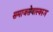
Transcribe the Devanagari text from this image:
समाजसेवास्वरूप